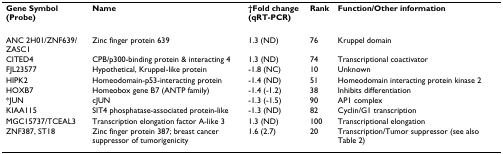
| Gene Symbol (Probe) | Name | †Fold change (qRT-PCR) | Rank | Function/Other information |
 | --- | --- | --- | --- | --- |
 | ANC 2H01/ZNF639/ZASC1 | Zinc finger protein 639 | 1.3 (ND) | 76 | Kruppel domain |
 | CITED4 | CPB/p300-binding protein & interacting 4 | 1.3 (ND) | 74 | Transcriptional coactivator |
 | FJL23577 | Hypothetical, Kruppel-like protein | -1.8 (NC) | 10 | Unknown |
 | HIPK2 | Homeodomain-p53-interacting protein | -1.4 (ND) | 51 | Homeodomain interacting protein kinase 2 |
 | HOXB7 | Homeobox gene B7 (ANTP family) | -1.4 (-1.2) | 38 | Inhibits differentiation |
 | *JUN | cJUN | -1.3 (-1.5) | 90 | AP1 complex |
 | KIAA115 | SIT4 phosphatase-associated protein-like | -1.3 (ND) | 82 | Cyclin/G1 transcription |
 | MGC15737/TCEAL3 | Transcription elongation factor A-like 3 | 1.3 (ND) | 100 | Transcriptional elongation |
 | ZNF387, ST18 | Zinc finger protein 387; breast cancer suppressor of tumorigenicity | 1.6 (2.7) | 20 | Transcription/Tumor suppressor (see also Table 2) |